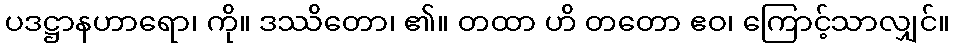
ပဒဋ္ဌာနဟာရော၊ ကို။ ဒဿိတော၊ ၏။ တထာ ဟိ တတော ဧဝ၊ ကြောင့်သာလျှင်။